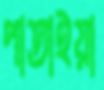
পাতাইয়া